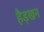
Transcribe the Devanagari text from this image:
हैड़खन